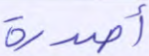
أصدرة